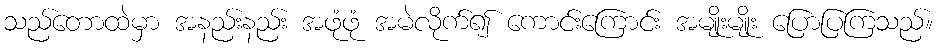
သည်တောထဲမှာ အနည်းနည်း အဖုံဖုံ အမဲလိုက်၍ ကောင်းကြောင်း အမျိုးမျိုး ပြောပြကြသည်။